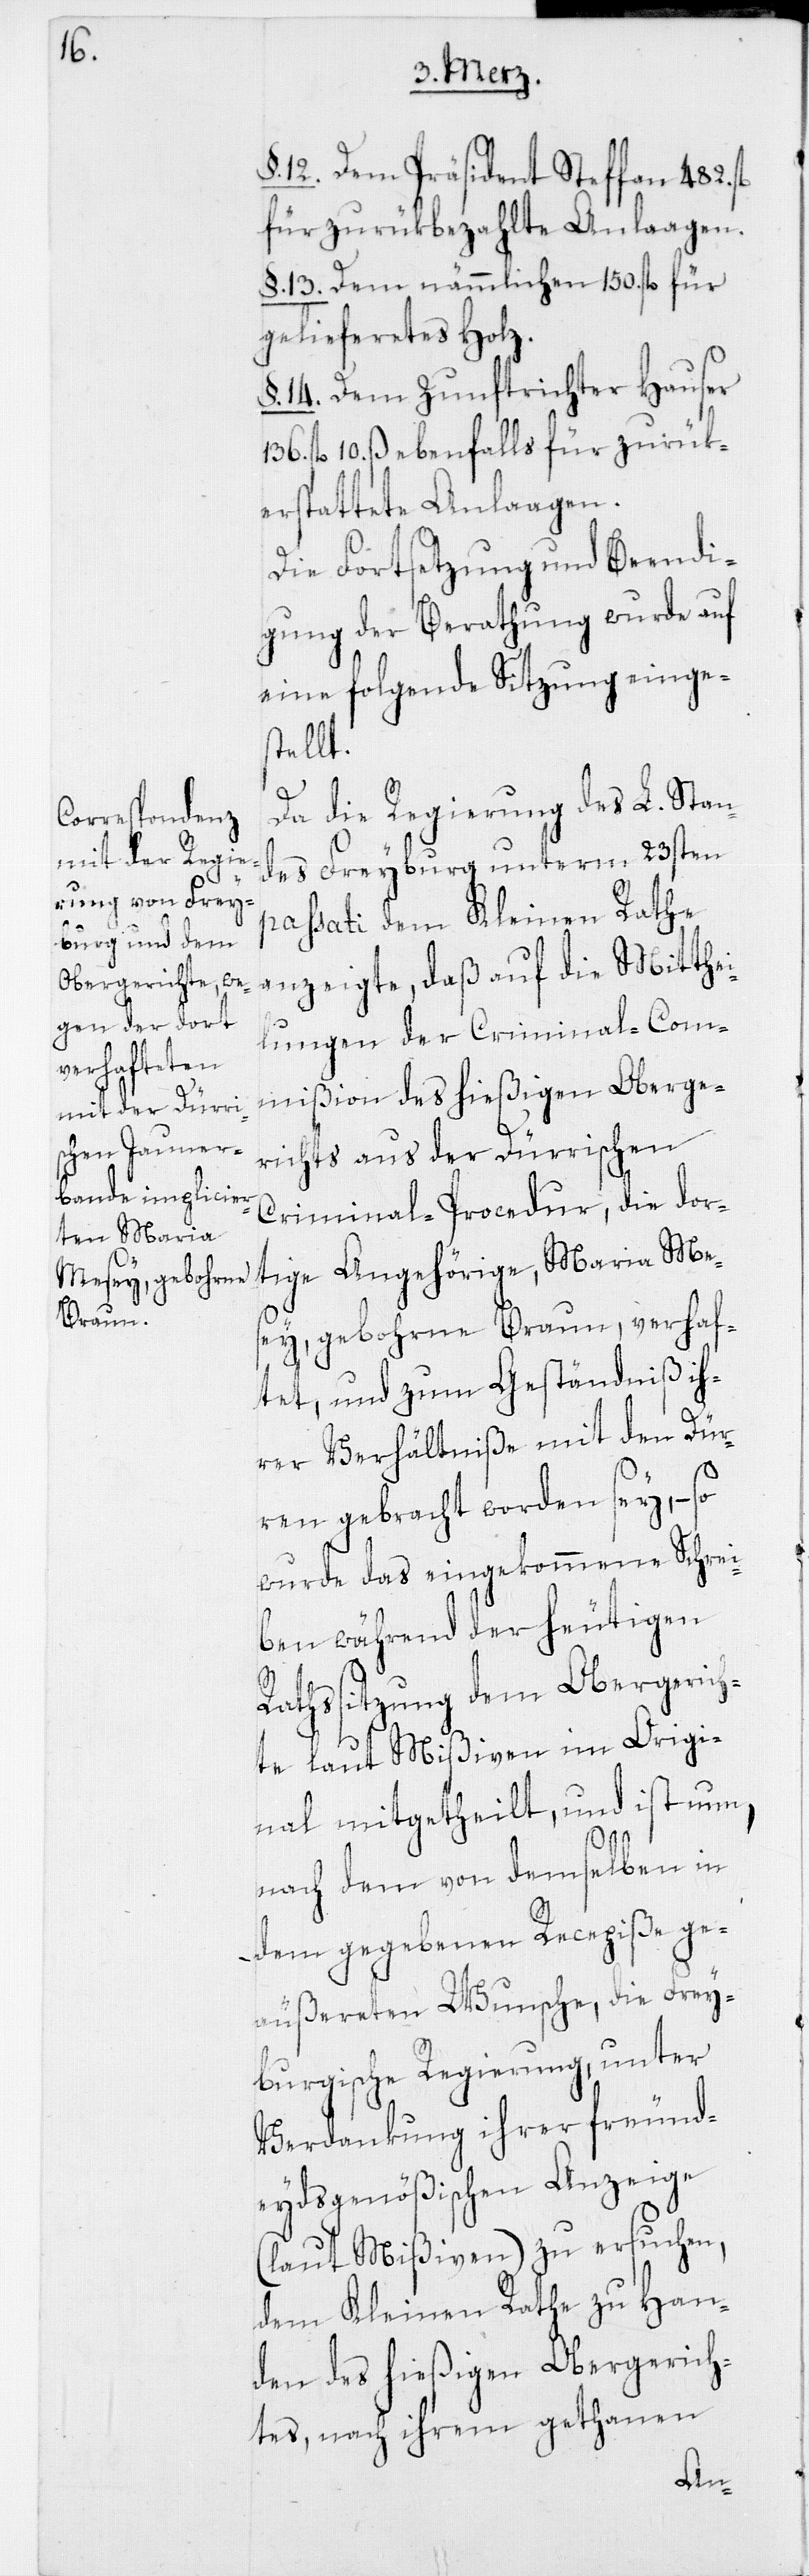
§. 12. Dem Präsident Steffan 482.
für zurükbezahlte Anlaagen.
§. 13. Dem nämmlichen 150. fl. für
geliefertes Holz.
§. 14. Dem Zunftrichter Hauser
136. fl. 10. ß ebenfalls für zurük¬
erstattete Anlaagen.
Die Fortsetzung und Beendi¬
gung der Berathung wurde auf
eine folgende Sitzung einge¬
stellt.
Da die Regierung des L. Stan¬
des Freyburg unterm 23sten
passati dem Kleinen Rathe
anzeigte, daß auf die Mitthei¬
lungen der Criminal-Com¬
mißion des hießigen Oberge¬
richts aus der Dürrischen
Criminal-Procedur, die dor¬
tige Angehörige, Maria Me¬
sey, gebohrne Braun, verhaf¬
tet, und zum Geständniß ih¬
rer Verhältniße mit den Dür¬
ren gebracht worden sey, – so
wurde das eingekommene Schrei¬
ben während der heutigen
Rathssitzung dem Obergerich¬
te laut Mißiven im Origi¬
nal mitgetheilt, und ist nun,
nach dem von demselben in
dem gegebenen Recepiße ge¬
äußereten Wunsche, die Frey¬
burgische Regierung, unter
Verdankung ihrer freund¬
eydsgenößischen Anzeige
(laut Mißiven) zu ersuchen,
dem Kleinen Rathe zu Han¬
den des hießigen Obergerich¬
tes, nach ihrem gethanen